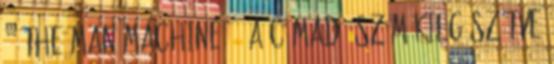
- 'The Man Machine' » a címadó szám kiegészítve